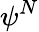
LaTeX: \psi^{N}